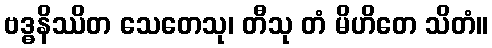
ဗဒ္ဓနိဿိတ သေတေသု၊ တီသု တံ မိဟိတေ သိတံ။